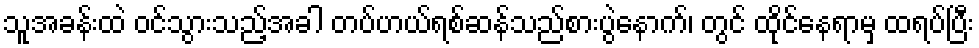
သူအခန်းထဲ ဝင်သွားသည့်အခါ တပ်ဟယ်ရစ်ဆန်သည်စားပွဲနောက်၊ တွင် ထိုင်နေရာမှ ထရပ်ပြီး